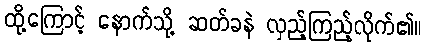
ထို့ကြောင့် နောက်သို့ ဆတ်ခနဲ လှည့်ကြည့်လိုက်၏။